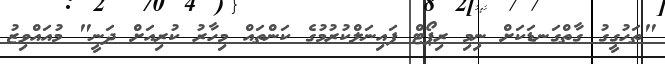
"ތަހުގީގު ގާތްގަނޑަކަށް ނިމި ރިޕޯޓް ފައިނަލްކުރުމުގެ ކަންތައް މިހާރު ކުރިއަށް ދަނީ" މުއައްވިޒު